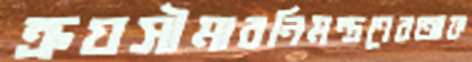
ক্রয়সীমারনিমন্ত্রণেরআফ